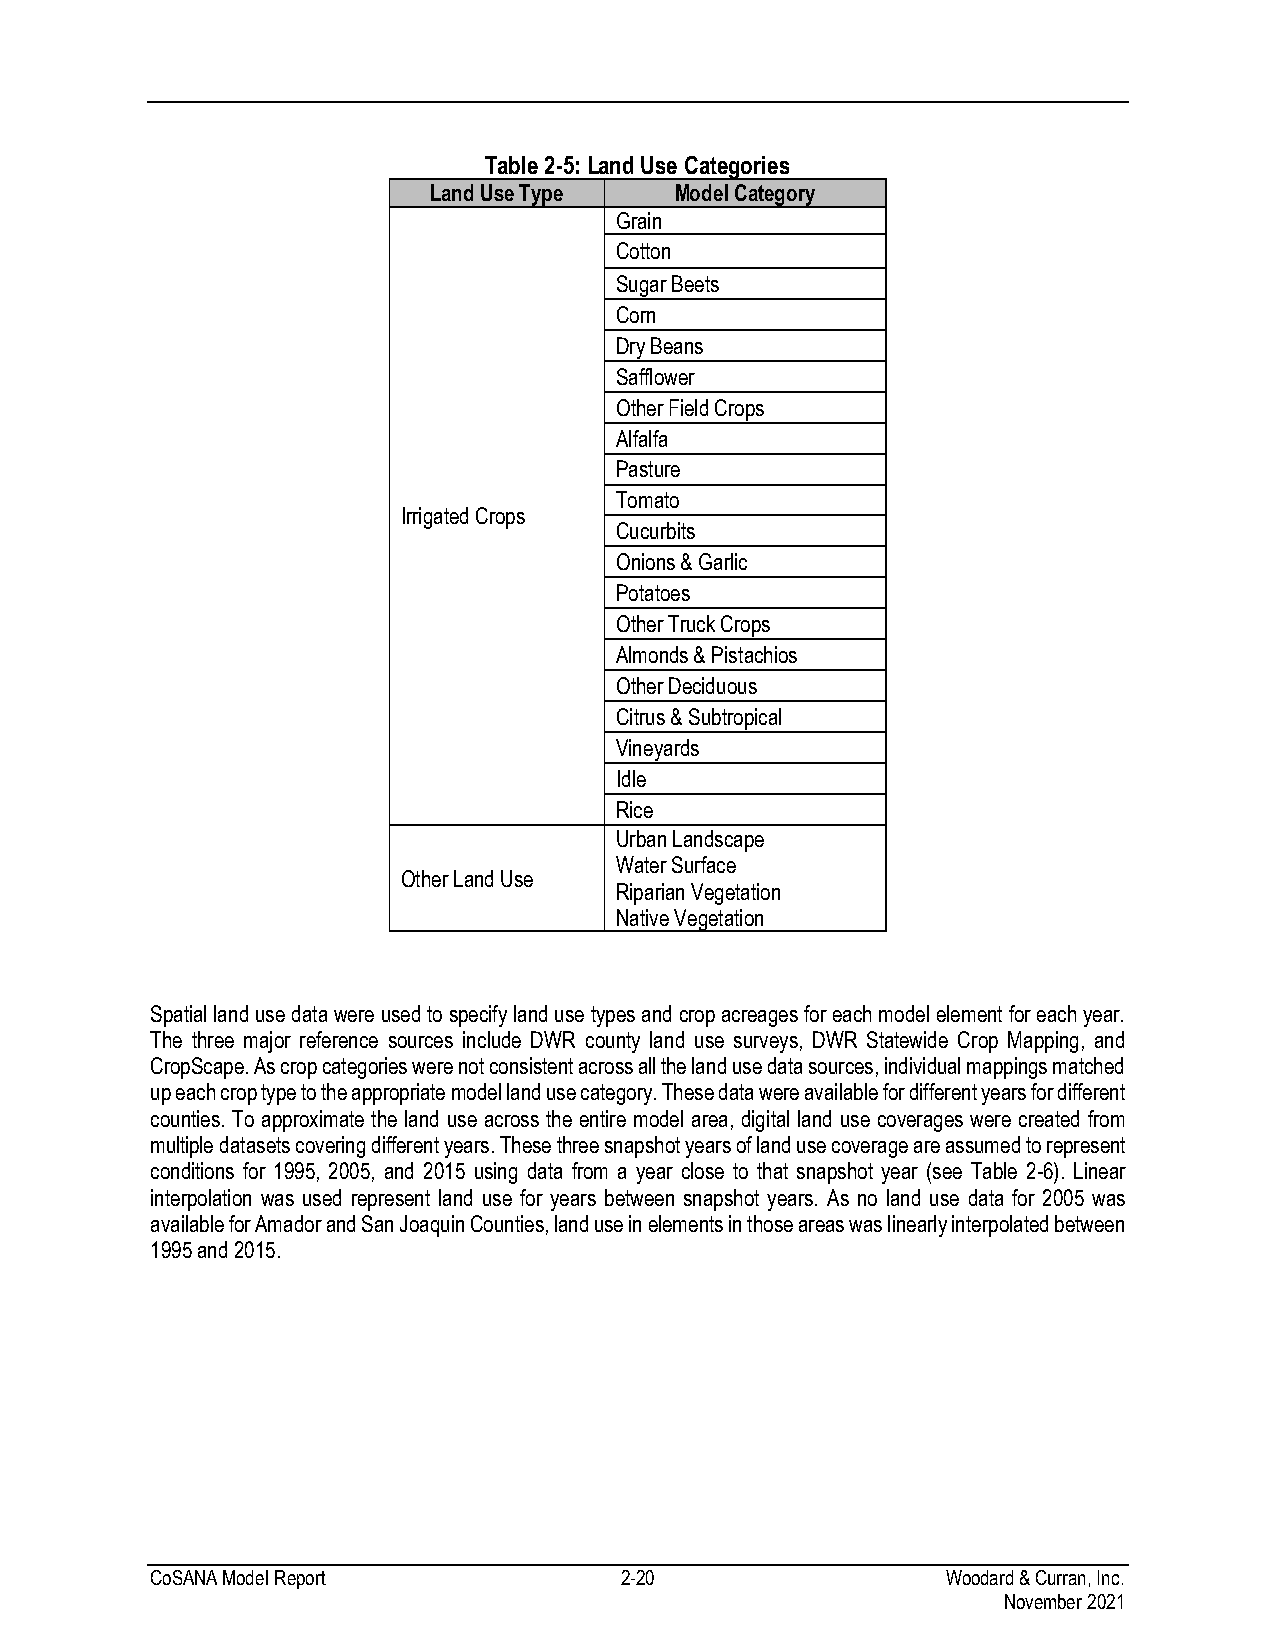
Table 2-5: Land Use Categories
 Land Use Type    Model Category
 Grain
 Cotton
 Sugar Beets
 Corn
 Dry Beans
 Safflower
 Other Field Crops
 Alfalfa
 Pasture
 Tomato
 Irrigated Crops
 Cucurbits
 Onions & Garlic
 Potatoes
 Other Truck Crops
 Almonds & Pistachios
 Other Deciduous
 Citrus & Subtropical
 Vineyards
 Idle
 Rice
 Urban Landscape
 Water Surface
 Other Land Use
 Riparian Vegetation
 Native Vegetation
 Spatial land use data were used to specify land use types and crop acreages for each model element for each year.
 The three major reference sources include DWR county land use surveys, DWR Statewide Crop Mapping, and
 CropScape. As crop categories were not consistent across all the land use data sources, individual mappings matched
 up each crop type to the appropriate model land use category. These data were available for different years for different
 counties. To approximate the land use across the entire model area, digital land use coverages were created from
 multiple datasets covering different years. These three snapshot years of land use coverage are assumed to represent
 conditions for 1995, 2005, and 2015 using data from a year close to that snapshot year (see Table 2-6). Linear
 interpolation was used represent land use for years between snapshot years. As no land use data for 2005 was
 available for Amador and San Joaquin Counties, land use in elements in those areas was linearly interpolated between
 1995 and 2015.
 CoSANA Model Report            2-20                  Woodard & Curran, Inc.
 November 2021